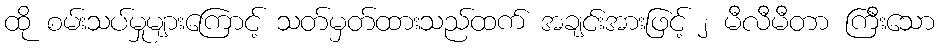
ထို စမ်းသပ်မှုများကြောင့် သတ်မှတ်ထားသည်ထက် အချင်းအားဖြင့် ၂ မီလီမီတာ ကြီးသော